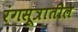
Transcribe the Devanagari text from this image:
रंगसूत्रातील